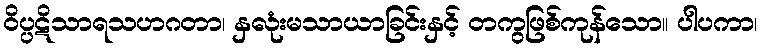
ဝိပ္ပဋိသာရသဟဂတာ၊ နှလုံးမသာယာခြင်းနှင့် တကွဖြစ်ကုန်သော။ ပါပကာ၊